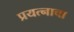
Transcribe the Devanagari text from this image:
प्रयत्‍नाचा